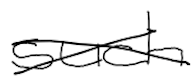
Text: such
Cross-out: cross
Writing tool: digital_black